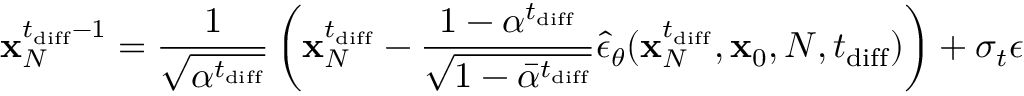
\mathbf { x } _ { N } ^ { t _ { \mathrm { d i f f } } - 1 } = \frac { 1 } { \sqrt { \alpha ^ { t _ { \mathrm { d i f f } } } } } \left( \mathbf { x } _ { N } ^ { t _ { \mathrm { d i f f } } } - \frac { 1 - \alpha ^ { t _ { \mathrm { d i f f } } } } { \sqrt { 1 - \bar { \alpha } ^ { t _ { \mathrm { d i f f } } } } } \hat { \epsilon } _ { \theta } ( \mathbf { x } _ { N } ^ { t _ { \mathrm { d i f f } } } , \mathbf { x } _ { 0 } , N , t _ { \mathrm { d i f f } } ) \right) + \sigma _ { t } \epsilon